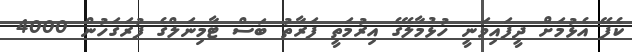
ކެފޭ އެޅުމަށް ދީފައިވަނީ ހުޅުމާލޭގެ އިރުމަތީ ފަރާތު ބަސް ޓާމިނަލްގެ ފުރަގަހުން 4000